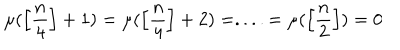
LaTeX: \mu ( \left[ \frac { n } { 4 } \right] + 1 ) = \mu ( \left[ \frac { n } { 4 } \right] + 2 ) = . . . . = \mu ( \left[ \frac { n } { 2 } \right] ) = 0